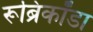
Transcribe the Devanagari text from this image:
रूब्रिकॉडा